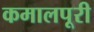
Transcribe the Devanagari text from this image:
कमालपूरी